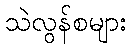
သဲလွန်စများ